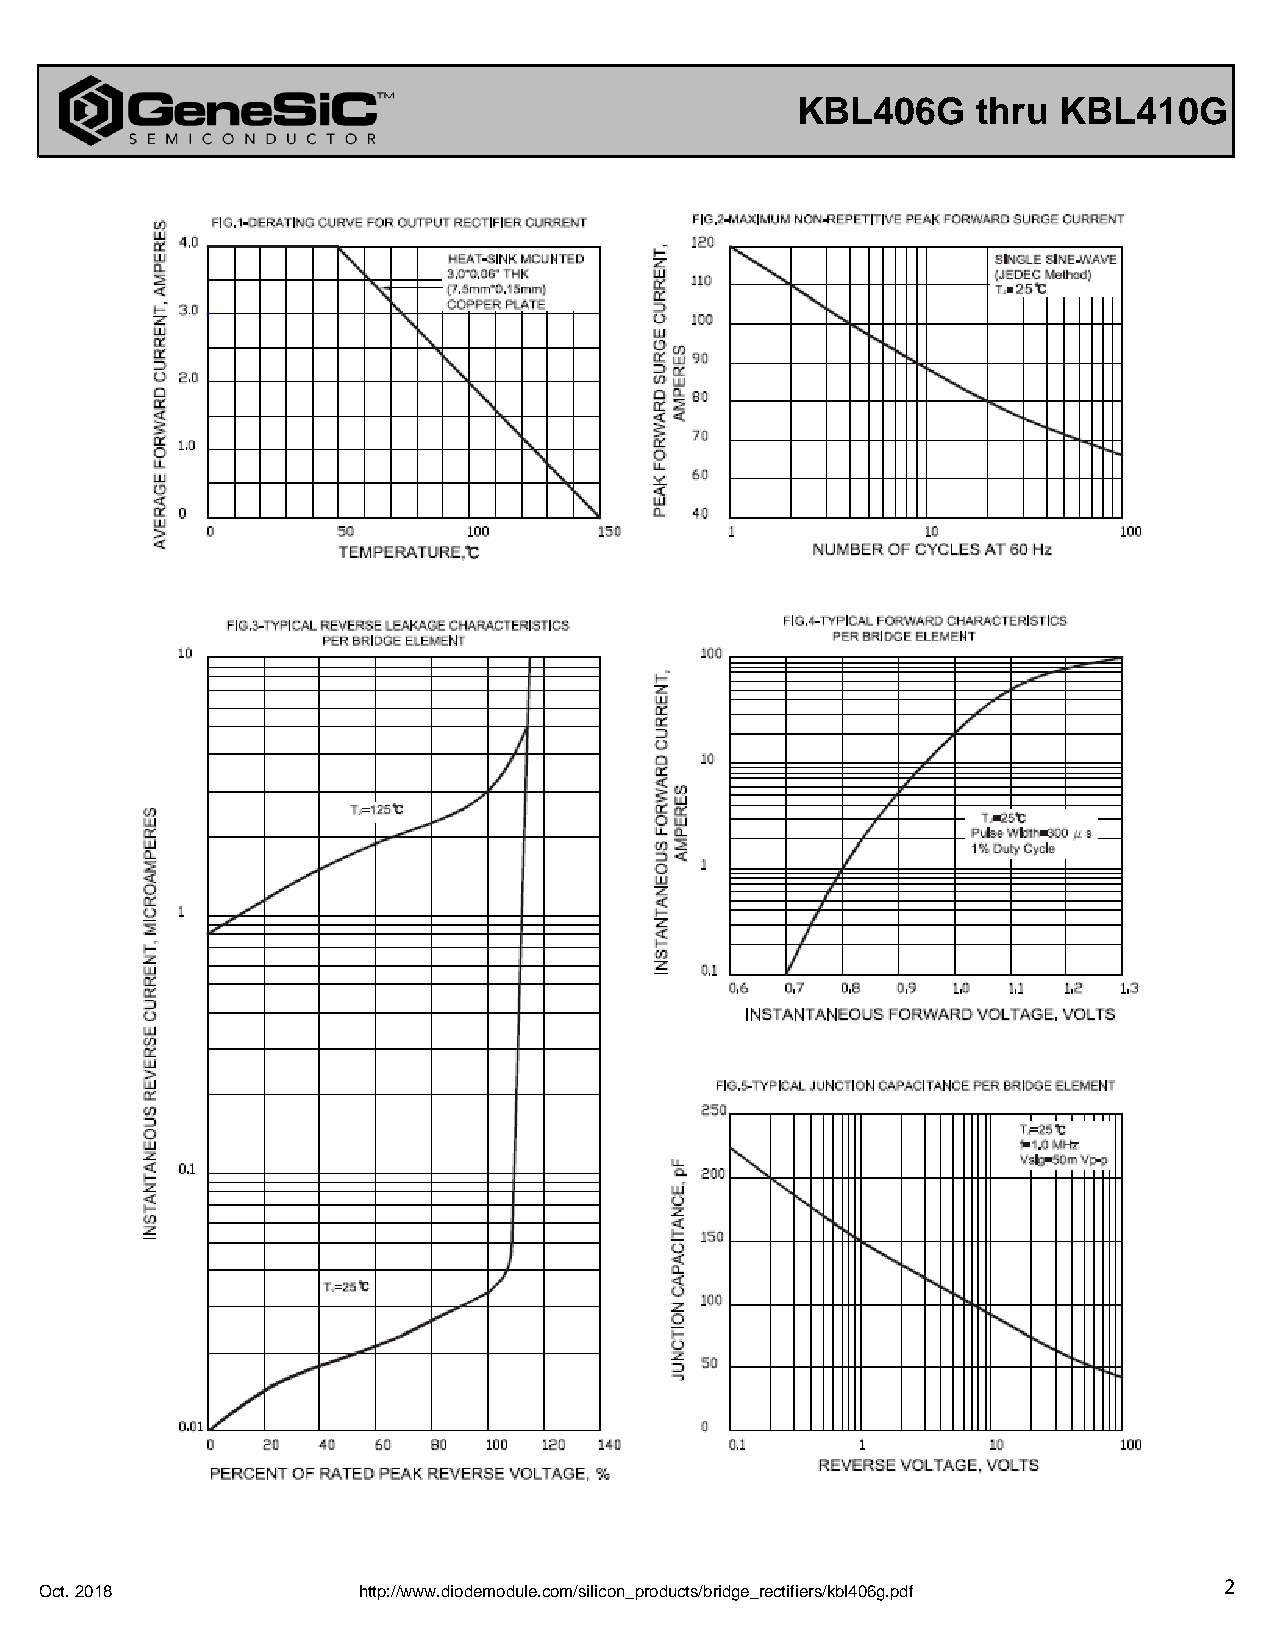
KBL406G     thru KBL410G
 2
 Oct. 2018            http://www.diodemodule.com/silicon_products/bridge_rectifiers/kbl406g.pdf